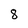
Character: 8